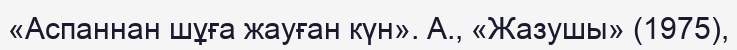
«Аспаннан шұға жауған күн». А., «Жазушы» (1975),